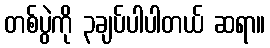
တစ်ပွဲကို ၃ချပ်ပါပါတယ် ဆရာ။